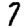
Digit: 7